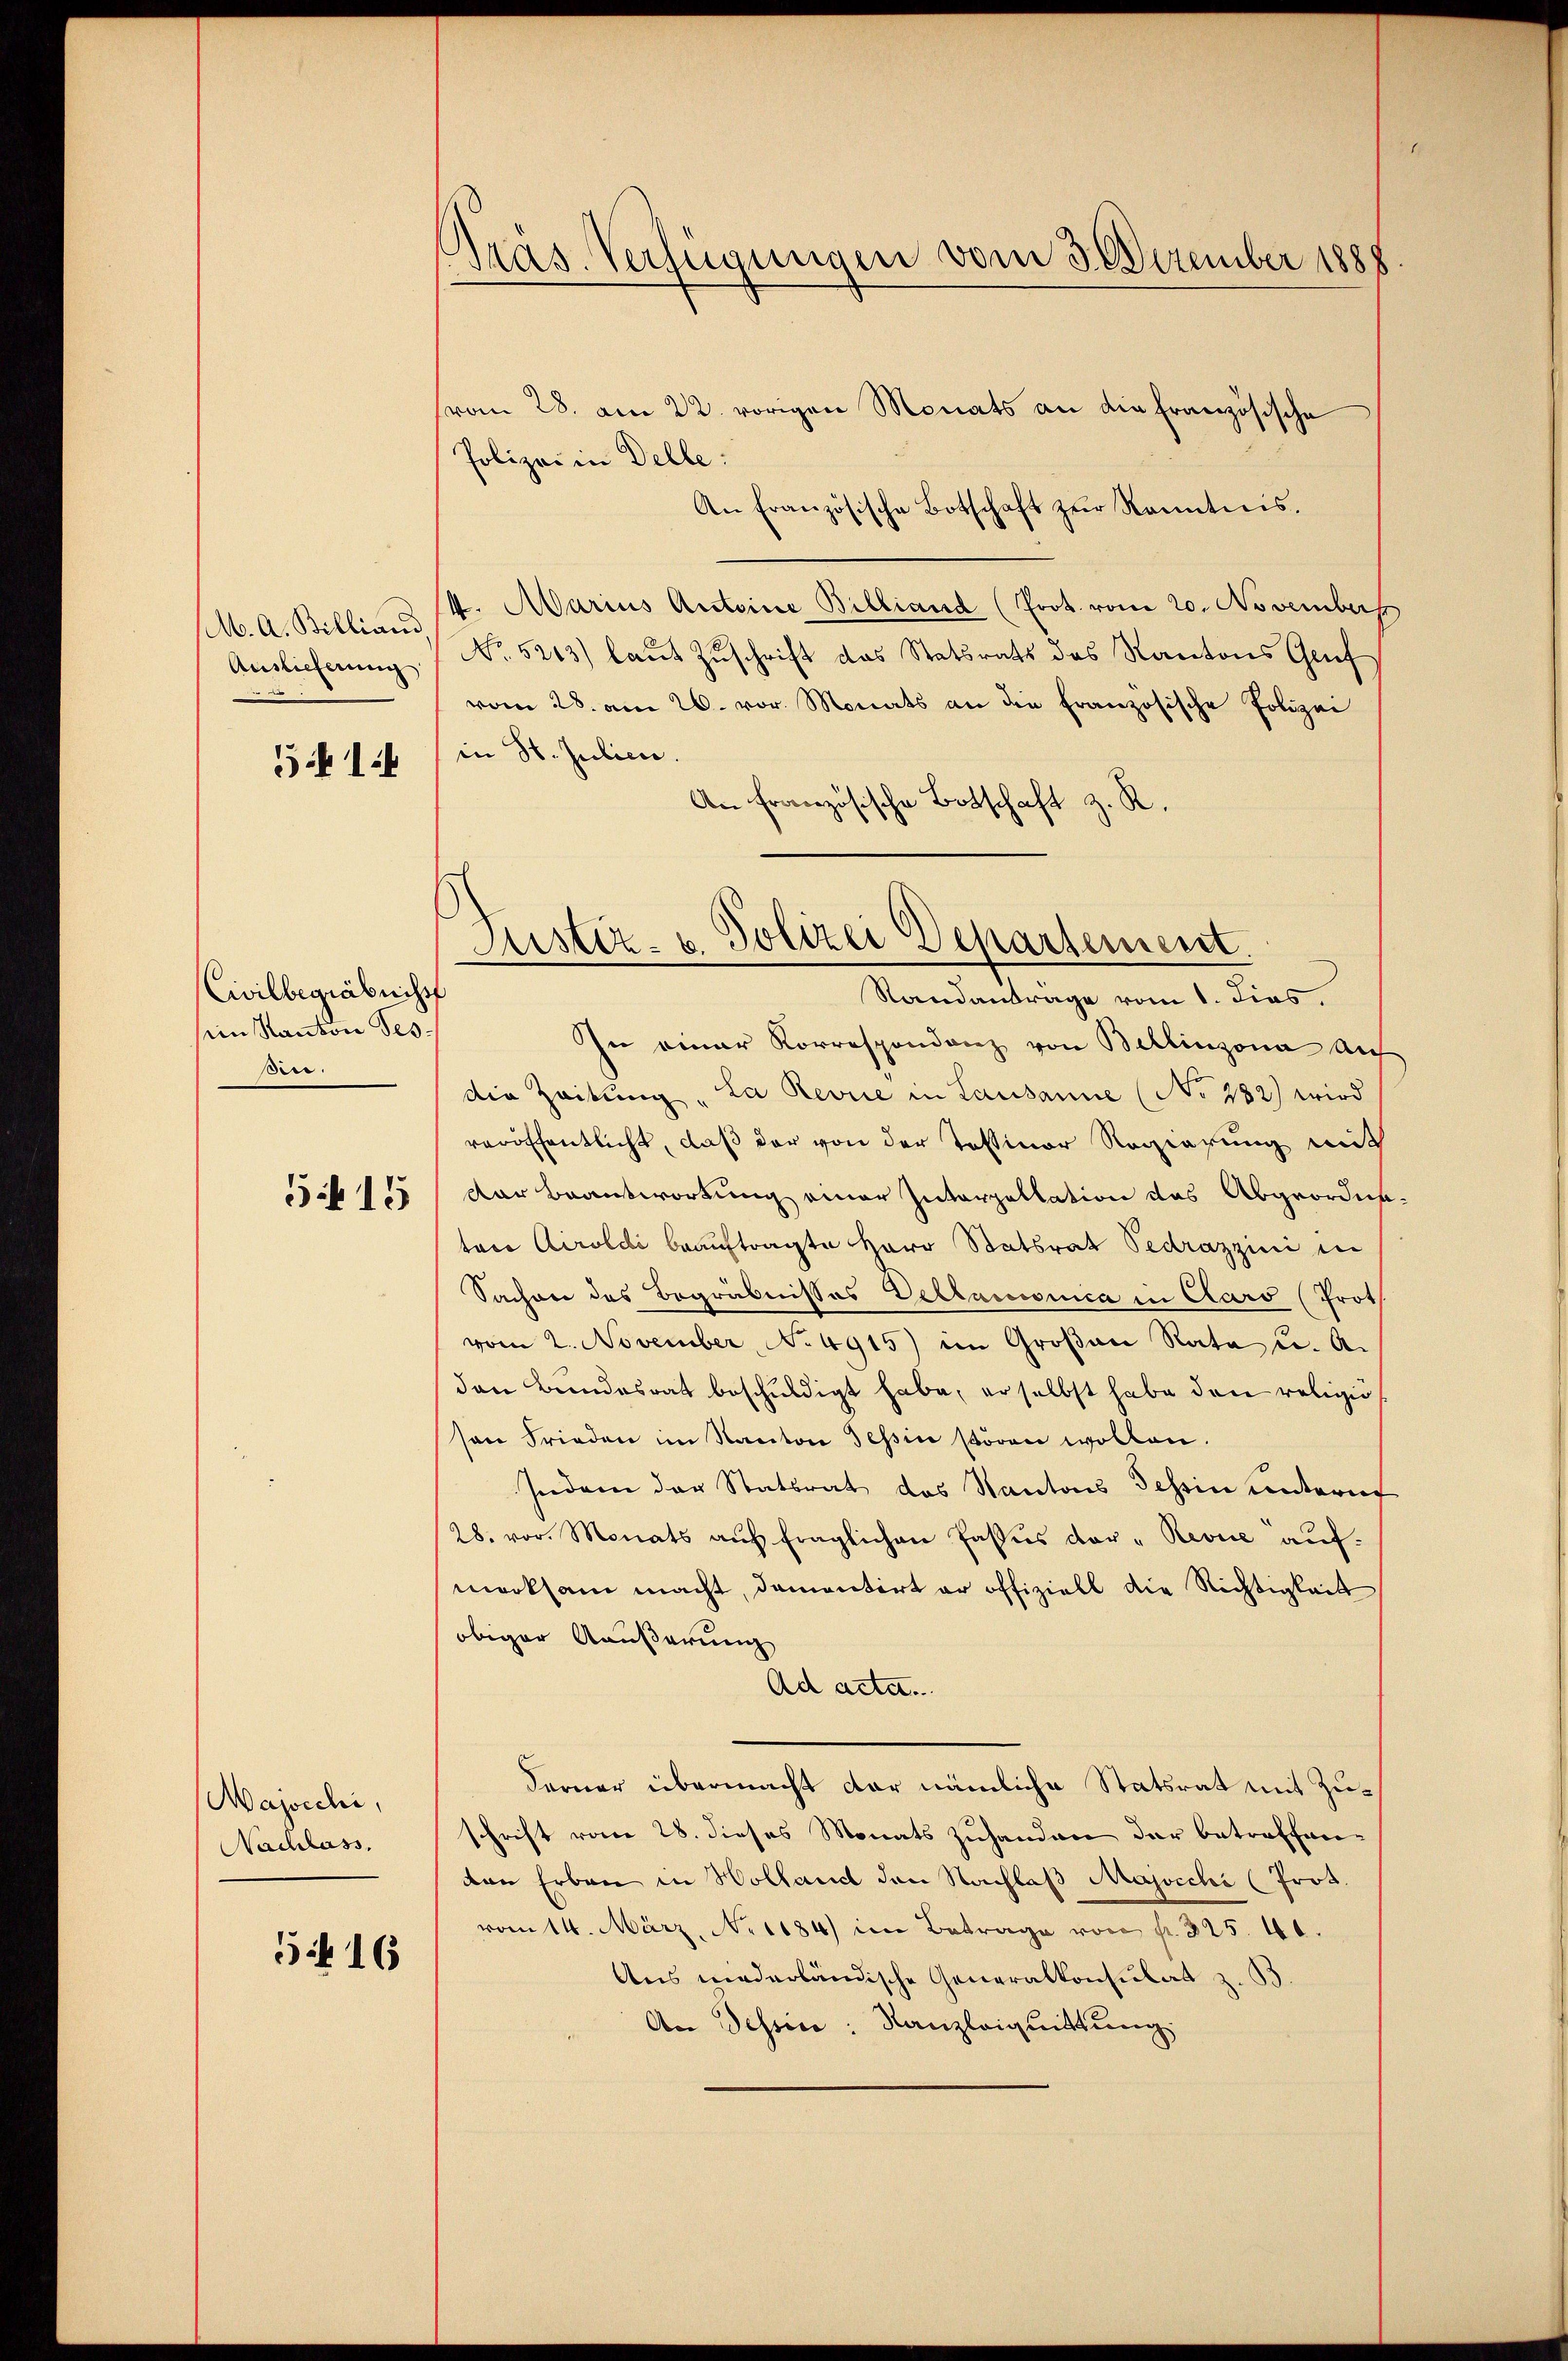
Auslieferung
514

Civilbegräbniss
sein Kanton Tes-
Ber.

Si 15

Majscchi,
Nachlass.

5f 16

Präs. Verfügungen vom 3. Dezember 1888

(vom 28. am 22. vorigen Monats an die Französische
Polizei in Delle
An Französische Botschaft zŭr Kenntnis.
sel. A. Billig & 4. Marius Antoine Billiand (Prot. vom 20. Novemberg
No. 5213) laut Zuschrift das Statsrats des Kantons Gruf
vom 28. am 26. vor. Monats an die französische Polizei
in St. Julien.
An Französische Botschaft z. R.
In einer Korrespondenz von Bellinzona auf
die Zeitung "La Revue in Lausanne (No 282) wird
veröffentlicht, daß der von der Tessiner Regierung mit
der Beantwortung einer Interpellation das Abgeorder
tare Airoldi beauftragte Herr Statsrat Pedrazzini in
Sacher des Begräbnisses Veltanisica in Clars (Prot
vom 2. November, No 4915) im Großen Rata u. A.
den Beendesrat beschuldigt habe, er selbst habe den religioson Frieden im Kanton Tessin stören wollen.
Indem der Statsrat des Kantons Tessin unternt
28. vor. Monats aŭf fraglichen Passus der "Revue auf.
merksam macht, damantirt er offiziell die Richtigkeit
obiger Äußerung
Ad acta.
derner übermacht der nämliche Statsrat mit Zuschrift vom 28. dieses Monats zuhanden der betreffenden Erben in Holland den Nachlaß Majocchi (Prot.
vom 14. März, No 1184) im Betrage von fr. 325. 41.
Aus wiederländische Generalkonsulat z.
An Tessin: Kanzleiquittung.

Justiz- u. Polizei Departement.
Standanträge vom 1. dies